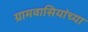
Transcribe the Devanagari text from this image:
ग्रामवासियांच्या